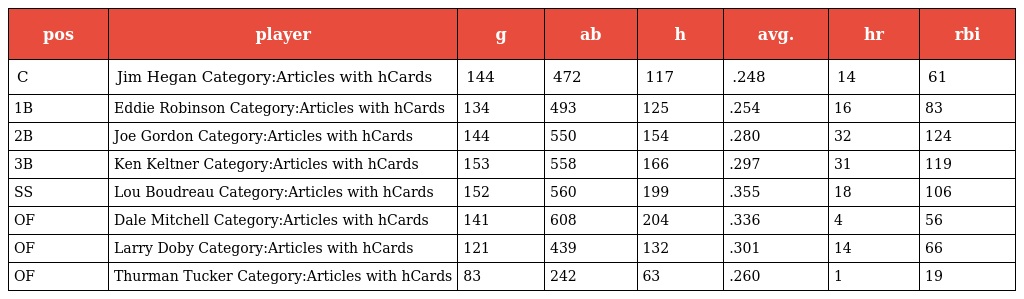
| pos | player | g | ab | h | avg. | hr | rbi |
 | --- | --- | --- | --- | --- | --- | --- | --- |
 | C | Jim Hegan Category:Articles with hCards | 144 | 472 | 117 | .248 | 14 | 61 |
 | 1B | Eddie Robinson Category:Articles with hCards | 134 | 493 | 125 | .254 | 16 | 83 |
 | 2B | Joe Gordon Category:Articles with hCards | 144 | 550 | 154 | .280 | 32 | 124 |
 | 3B | Ken Keltner Category:Articles with hCards | 153 | 558 | 166 | .297 | 31 | 119 |
 | SS | Lou Boudreau Category:Articles with hCards | 152 | 560 | 199 | .355 | 18 | 106 |
 | OF | Dale Mitchell Category:Articles with hCards | 141 | 608 | 204 | .336 | 4 | 56 |
 | OF | Larry Doby Category:Articles with hCards | 121 | 439 | 132 | .301 | 14 | 66 |
 | OF | Thurman Tucker Category:Articles with hCards | 83 | 242 | 63 | .260 | 1 | 19 |